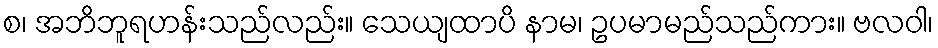
စ၊ အဘိဘူရဟန်းသည်လည်း။ သေယျထာပိ နာမ၊ ဥပမာမည်သည်ကား။ ဗလဝါ၊